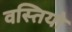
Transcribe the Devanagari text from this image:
वस्तियो